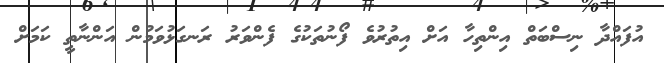
އުފައްދާ ނިސްބަތް އިންތިހާ އަށް އިތުރުވެ ފޯނުތަކުގެ ފެންވަރު ރަނގަޅުވަމުން އަންނާތީ ކަމަށް